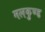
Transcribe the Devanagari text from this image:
मलकुण्ड